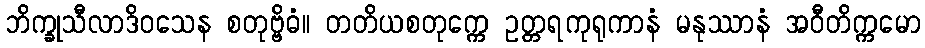
ဘိက္ခုသီလာဒိဝသေန စတုဗ္ဗိဓံ။ တတိယစတုက္ကေ ဥတ္တရကုရုကာနံ မနုဿာနံ အဝီတိက္ကမော